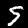
Label: 5